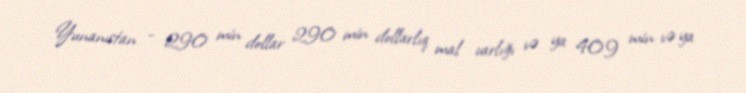
Yunanıstan - 290 min dollar 290 min dollarlıq mal varlığı və ya 409 min və ya